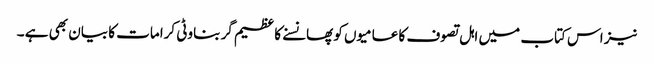
نیز اس کتاب میں اہل تصوف کا عامیوں کو پھانسنے کا عظیم گر بناوٹی کرامات کا بیان بھی ہے ۔